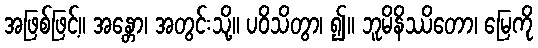
အဖြစ်ဖြင့်။ အန္တော၊ အတွင်းသို့။ ပဝိသိတွာ၊ ၍။ ဘူမိနိဿိတော၊ မြေကို